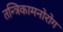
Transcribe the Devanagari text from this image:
तन्त्रिकामनोरोग